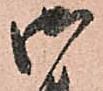
御